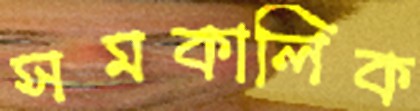
সমকালিক